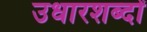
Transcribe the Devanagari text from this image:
उधारशब्दों